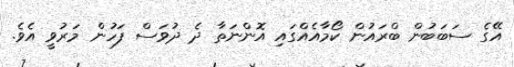
އޭގެ ސަބަބުން ބްރައުން ކޯމާއެއްގައި އޮންނަތާ ދެ ދުވަސް ފަހުން މަރުވީ އެވެ.